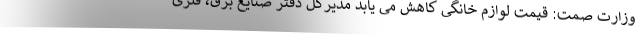
وزارت صمت: قیمت لوازم خانگی کاهش می یابد مدیرکل دفتر صنایع برق، فلزی